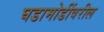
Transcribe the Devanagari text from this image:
घडामोडींवरील